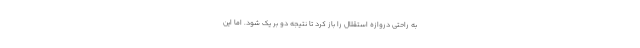
به راحتی دروازه استقلال را باز کرد تا نتیجه دو بر یک شود. اما این